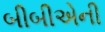
બીબીએની